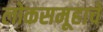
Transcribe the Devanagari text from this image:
लोकसमूहाचे